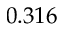
0 . 3 1 6